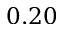
0 . 2 0